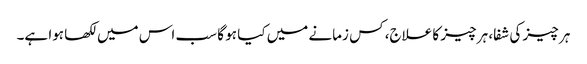
ہر چیز کی شفا، ہر چیز کا علاج، کس زمانے میں کیا ہو گا سب اس میں لکھا ہوا ہے۔